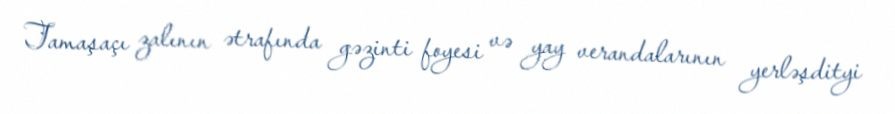
Tamaşaçı zalının ətrafında gəzinti foyesi və yay verandalarının yerləşdityi